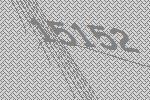
15152